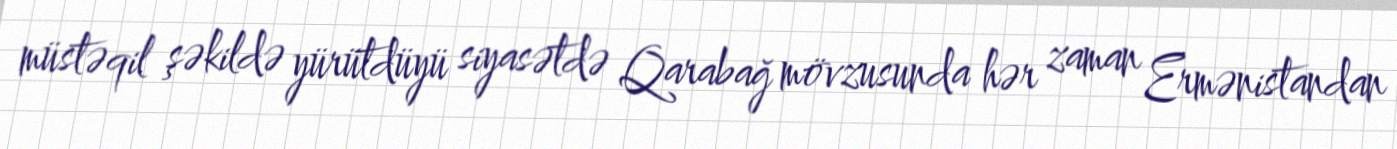
müstəqil şəkildə yürütdüyü siyasətdə Qarabağ mövzusunda hər zaman Ermənistandan